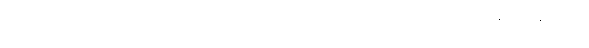
ကောက်ရိုးစများသည် အပြတ်ပြတ် အတောင်းတောင်းဖြင့် မီးဖိုဘေးတွင် တရနံ့ကြဲနေသည်။